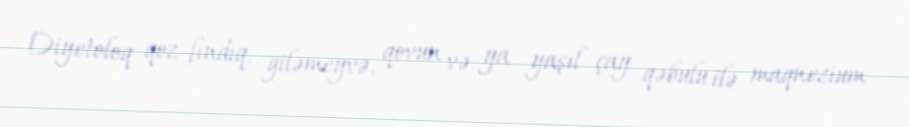
Diyetoloq qoz-fındıq, giləmeyvə, qovun və ya yaşıl çay qəbulu ilə maqnezium